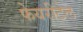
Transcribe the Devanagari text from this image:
फेयरीटेल